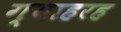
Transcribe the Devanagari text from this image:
ग्याहरह